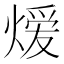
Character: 𬊺